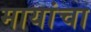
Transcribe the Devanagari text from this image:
मायांचा